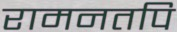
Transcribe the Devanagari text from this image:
रामनतपि